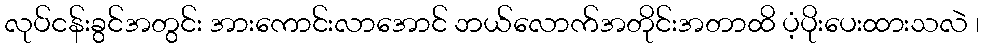
လုပ်ငန်းခွင်အတွင်း အားကောင်းလာအောင် ဘယ်လောက်အတိုင်းအတာထိ ပံ့ပိုးပေးထားသလဲ ၊